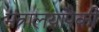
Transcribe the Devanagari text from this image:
मंत्रालयांपैकी